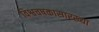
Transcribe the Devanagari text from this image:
विश्वचषकासारख्या